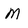
Character: M